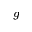
^ { g }